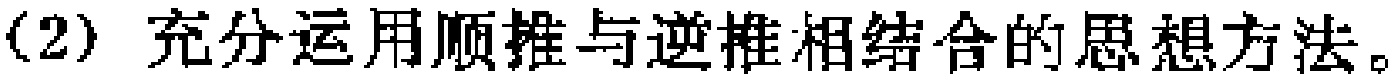
(2) 充分运用顺推与逆推相结合的思想方法。